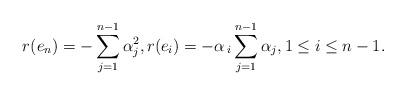
LaTeX: \begin{align*} r(e_{n})=-\sum_{j=1}^{n-1}\alpha_j^2, r(e_i)=-\alpha_{\,i} \sum_{j=1}^{n-1}\alpha_j, 1\leq i\leq n-1.\end{align*}